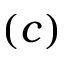
( c )